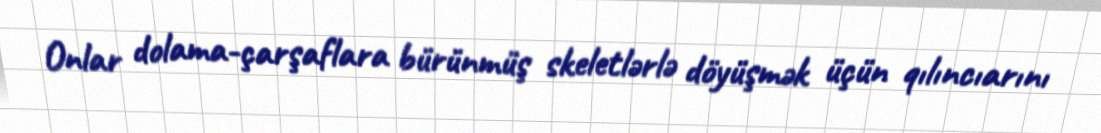
Onlar dolama-çarşaflara bürünmüş skeletlərlə döyüşmək üçün qılıncıarını